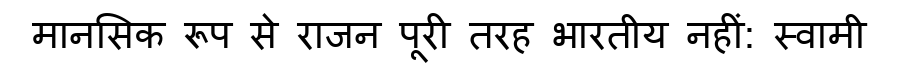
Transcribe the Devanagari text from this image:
मानसिक रूप से राजन पूरी तरह भारतीय नहीं: स्वामी